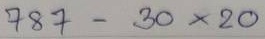
787 - 30 x 20